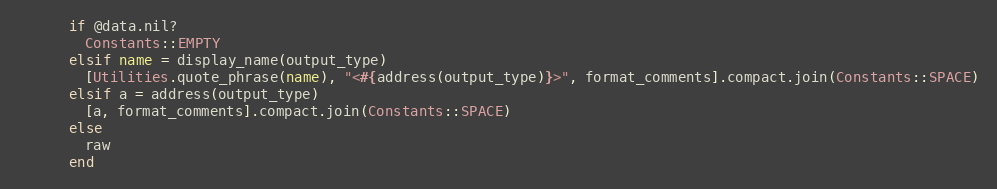
Language: Ruby
      if @data.nil?
        Constants::EMPTY
      elsif name = display_name(output_type)
        [Utilities.quote_phrase(name), "<#{address(output_type)}>", format_comments].compact.join(Constants::SPACE)
      elsif a = address(output_type)
        [a, format_comments].compact.join(Constants::SPACE)
      else
        raw
      end